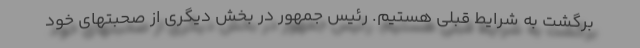
برگشت به شرایط قبلی هستیم. رئیس جمهور در بخش دیگری از صحبتهای خود